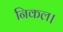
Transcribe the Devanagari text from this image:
निकल।